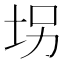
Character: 𫭦